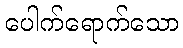
ပေါက်ရောက်သော